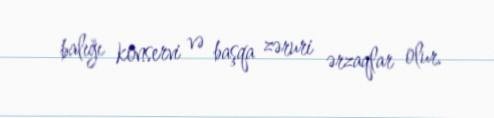
balığı konservi və başqa zəruri ərzaqlar olur.